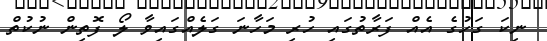
ނިކަ ގަހުގެ އެއް ފަރާތުގައި ހުރި މަހާނަ ގަލެއްގައިވާ ލޯ ފޮތިން ނުކުތް